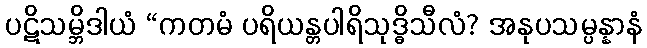
ပဋိသမ္ဘိဒါယံ “ကတမံ ပရိယန္တပါရိသုဒ္ဓိသီလံ? အနုပသမ္ပန္နာနံ